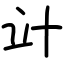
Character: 竍